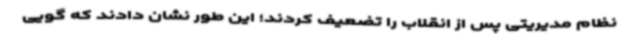
نظام مدیریتی پس از انقلاب را تضعیف کردند؛ این طور نشان دادند که گویی